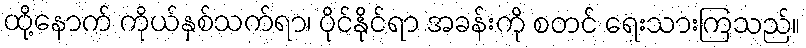
ထို့နောက် ကိုယ်နှစ်သက်ရာ၊ ပိုင်နိုင်ရာ အခန်းကို စတင် ရေးသားကြသည်။